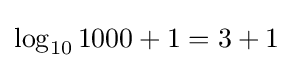
\log _{10}1000+1=3+1